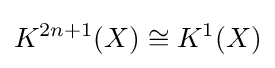
K^{2n+1}(X)\cong K^{1}(X)